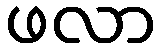
ဖလာ